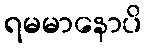
ရမမာနောပိ